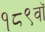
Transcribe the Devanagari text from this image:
१८९वॉ